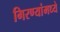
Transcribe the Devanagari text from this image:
गिरण्यांमध्ये